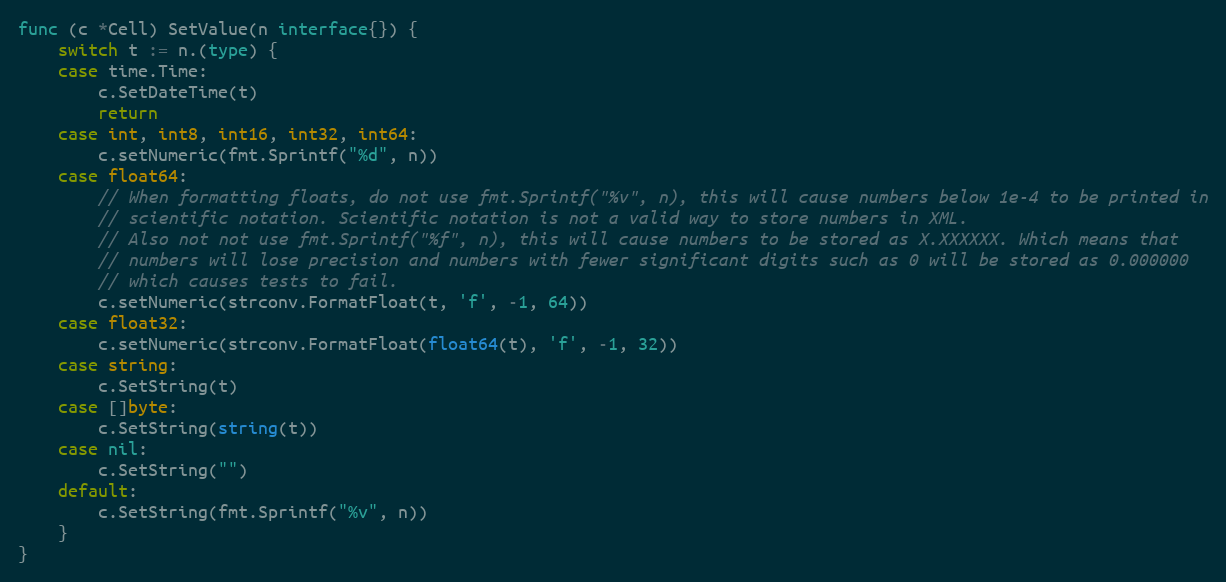
Language: Go
func (c *Cell) SetValue(n interface{}) {
	switch t := n.(type) {
	case time.Time:
		c.SetDateTime(t)
		return
	case int, int8, int16, int32, int64:
		c.setNumeric(fmt.Sprintf("%d", n))
	case float64:
		// When formatting floats, do not use fmt.Sprintf("%v", n), this will cause numbers below 1e-4 to be printed in
		// scientific notation. Scientific notation is not a valid way to store numbers in XML.
		// Also not not use fmt.Sprintf("%f", n), this will cause numbers to be stored as X.XXXXXX. Which means that
		// numbers will lose precision and numbers with fewer significant digits such as 0 will be stored as 0.000000
		// which causes tests to fail.
		c.setNumeric(strconv.FormatFloat(t, 'f', -1, 64))
	case float32:
		c.setNumeric(strconv.FormatFloat(float64(t), 'f', -1, 32))
	case string:
		c.SetString(t)
	case []byte:
		c.SetString(string(t))
	case nil:
		c.SetString("")
	default:
		c.SetString(fmt.Sprintf("%v", n))
	}
}